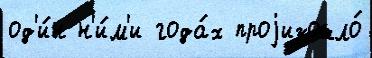
од'и́н н'и́м'и года́х проjизошло́